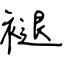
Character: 褪